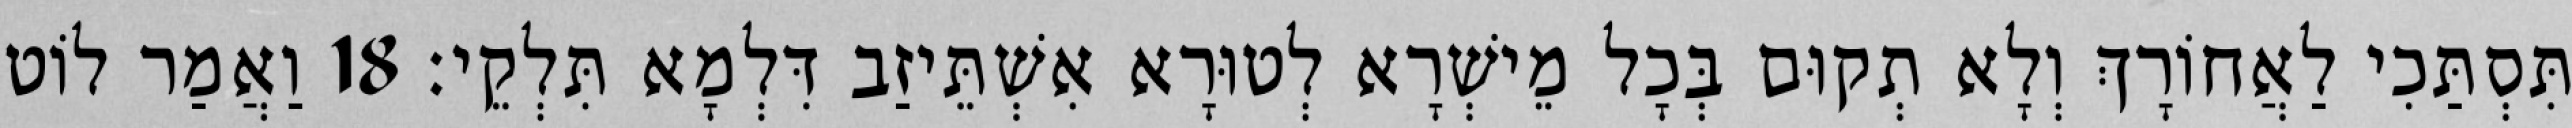
תִּסְתַּכִי לַאֲחוֹרָךְ וְלָא תְקוּם בְּכָל מֵישְׁרָא לְטוּרָא אִשְׁתֵּיזַב דִּלְמָא תִּלְקֵי׃ 18 וַאֲמַר לוֹט